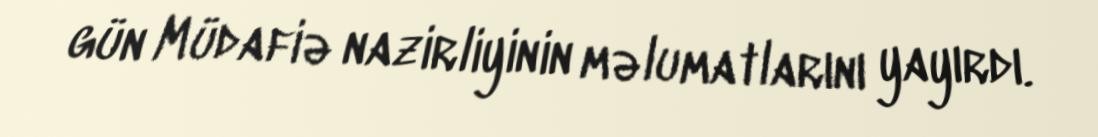
gün Müdafiə nazirliyinin məlumatlarını yayırdı.